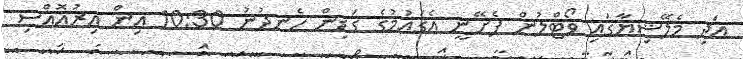
އަދި މެލޭޝިޔާގައި ވޯޓްލުން ފެށޭނީ އެގައުމުގެ ގަޑިން ހެނދުނު 10:30 އިން އިރުއޮއްސި